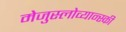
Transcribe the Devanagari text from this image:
मेजुस्लोव्यान्स्की